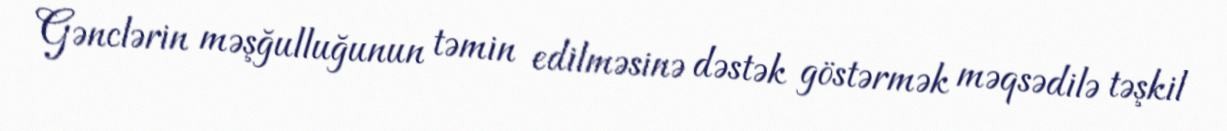
Gənclərin məşğulluğunun təmin edilməsinə dəstək göstərmək məqsədilə təşkil